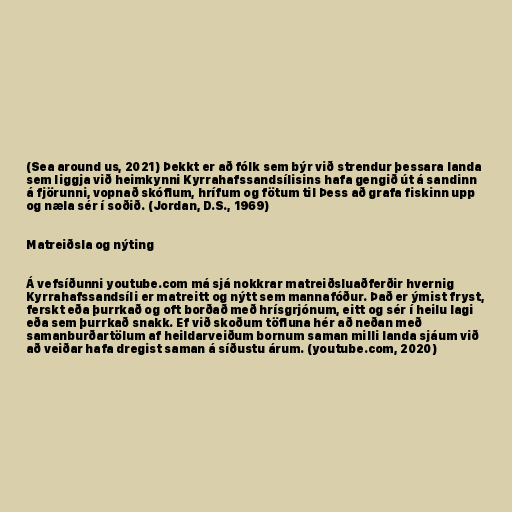
(Sea around us, 2021) Þekkt er að fólk sem býr við strendur þessara landa
sem liggja við heimkynni Kyrrahafssandsílisins hafa gengið út á sandinn
á fjörunni, vopnað skóflum, hrífum og fötum til Þess að grafa fiskinn upp
og næla sér í soðið. (Jordan, D.S., 1969)

Matreiðsla og nýting

Á vefsíðunni youtube.com má sjá nokkrar matreiðsluaðferðir hvernig
Kyrrahafssandsíli er matreitt og nýtt sem mannafóður. Það er ýmist fryst,
ferskt eða þurrkað og oft borðað með hrísgrjónum, eitt og sér í heilu lagi
eða sem þurrkað snakk. Ef við skoðum töfluna hér að neðan með
samanburðartölum af heildarveiðum bornum saman milli landa sjáum við
að veiðar hafa dregist saman á síðustu árum. (youtube.com, 2020)